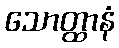
သောတ္ထာနံ